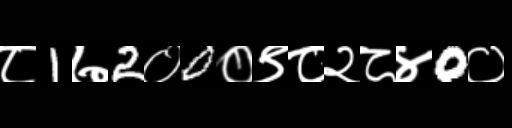
Text: ८1७2०0०९८२८४0०